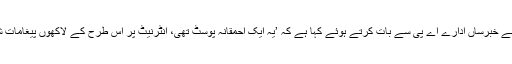
ادھر السید نے جیل سے خبرساں ادارے اے پی سے بات کرتے ہوئے کہا ہے کہ ’یہ ایک احمقانہ پوسٹ تھی، انٹرنیٹ پر اس طرح کے لاکھوں پیغامات شیئر کیے جاتے ہیں۔